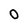
Character: O